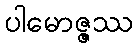
ပါမောဇ္ဇဿ